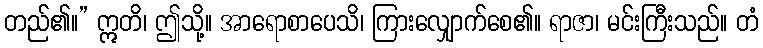
တည်၏။” ဣတိ၊ ဤသို့။ အာရောစာပေသိ၊ ကြားလျှောက်စေ၏။ ရာဇာ၊ မင်းကြီးသည်။ တံ